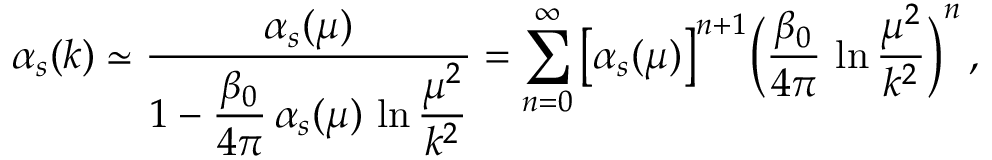
\alpha _ { s } ( k ) \simeq { \frac { \alpha _ { s } ( \mu ) } { \displaystyle 1 - { \frac { \beta _ { 0 } } { 4 \pi } } \, \alpha _ { s } ( \mu ) \, \ln { \frac { \mu ^ { 2 } } { k ^ { 2 } } } } } = \sum _ { n = 0 } ^ { \infty } \big [ \alpha _ { s } ( \mu ) \big ] ^ { n + 1 } \bigg ( { \frac { \beta _ { 0 } } { 4 \pi } } \, \ln { \frac { \mu ^ { 2 } } { k ^ { 2 } } } \bigg ) ^ { n } \, ,